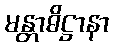
မန္တာဓိဋ္ဌာနာ